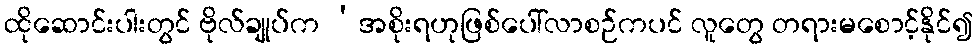
ထိုဆောင်းပါးတွင် ဗိုလ်ချုပ်က ‘အစိုးရဟုဖြစ်ပေါ်လာစဉ်ကပင် လူတွေ တရားမစောင့်နိုင်၍